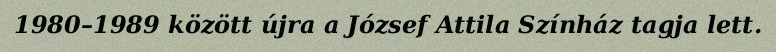
1980–1989 között újra a József Attila Színház tagja lett.